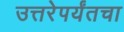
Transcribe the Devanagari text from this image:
उत्तरेपर्यंतचा